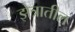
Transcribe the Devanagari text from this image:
झेत्रातील